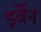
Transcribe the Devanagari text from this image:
इर्वेन